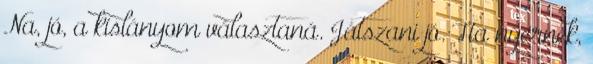
Na, jó, a kislányom választaná. Játszani jó. Ha nyernék,